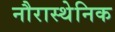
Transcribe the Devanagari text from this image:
नौरास्थेनिक